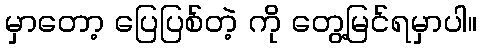
မှာတော့ ပြေပြစ်တဲ့ ကို တွေ့မြင်ရမှာပါ။